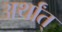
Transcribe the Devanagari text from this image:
अर्थांत्